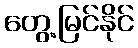
တွေ့မြင်နိုင်